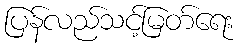
ပြန်လည်သင့်မြတ်ရေး